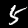
Digit: 5